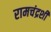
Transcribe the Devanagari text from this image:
रामचंद्रशी